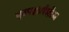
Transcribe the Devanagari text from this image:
एकवर्ध्यक्षीय